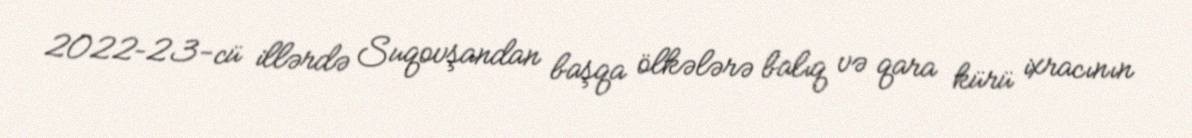
2022–23-cü illərdə Suqovşandan başqa ölkələrə balıq və qara kürü ixracının